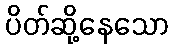
ပိတ်ဆို့နေသော